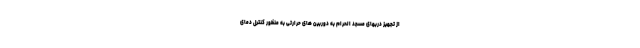
از تجهیز دربهای مسجد الحرام به دوربین های حرارتی به منظور کنترل دمای